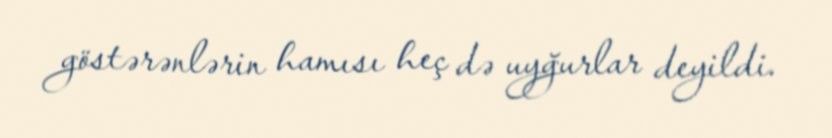
göstərənlərin hamısı heç də uyğurlar deyildi.